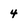
Character: 4